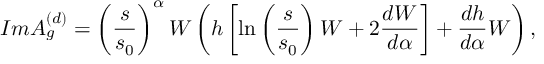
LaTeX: { \cal I } m A _ { g } ^ { ( d ) } = \left( \frac { s } { s _ { 0 } } \right) ^ { \alpha } W \left( h \left[ \ln \left( \frac { s } { s _ { 0 } } \right) W + 2 \frac { d W } { d \alpha } \right] + \frac { d h } { d \alpha } W \right) ,